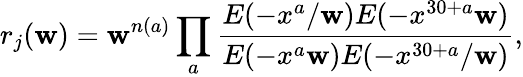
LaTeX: r_{j}(\mathbf{w})=\mathbf{w}^{n(a)}\prod_{a}\frac{{E(-x^{a}/\mathbf{w})E(-x^{30+a}\mathbf{w})}}{{E(-x^{a}\mathbf{w})E(-x^{30+a}/\mathbf{w})}},